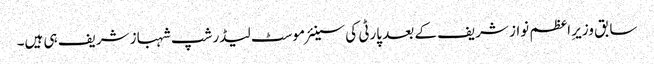
سابق وزیرِ اعظم نواز شریف کے بعد پارٹی کی سینئر موسٹ لیڈرشپ شہباز شریف ہی ہیں۔